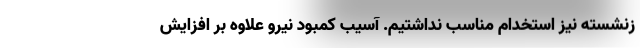
زنشسته نیز استخدام مناسب نداشتیم. آسیب کمبود نیرو علاوه بر افزایش